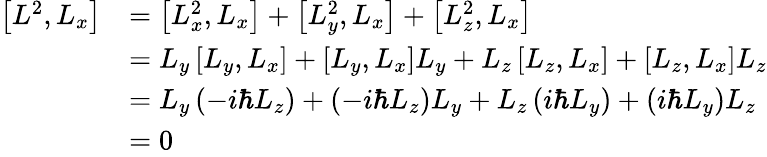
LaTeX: {\begin{array}{rl}{\left[L^{2},L_{x}\right]}&{=\left[L_{x}^{2},L_{x}\right]+\left[L_{y}^{2},L_{x}\right]+\left[L_{z}^{2},L_{x}\right]}\\ &{=L_{y}\left[L_{y},L_{x}\right]+\left[L_{y},L_{x}\right]L_{y}+L_{z}\left[L_{z},L_{x}\right]+\left[L_{z},L_{x}\right]L_{z}}\\ &{=L_{y}\left(-i\hbar L_{z}\right)+\left(-i\hbar L_{z}\right)L_{y}+L_{z}\left(i\hbar L_{y}\right)+\left(i\hbar L_{y}\right)L_{z}}\\ &{=0}\end{array}}